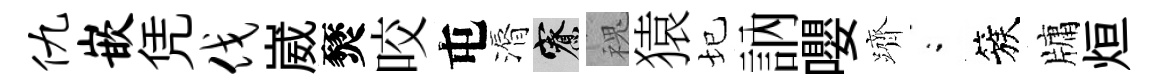
仇嵌凭伐崴燹咬屯漘寮槐猿圮訥嚶躋閤簇牗烜